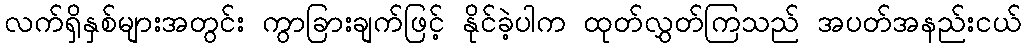
လက်ရှိနှစ်များအတွင်း ကွာခြားချက်ဖြင့် နိုင်ခဲ့ပါက ထုတ်လွှတ်ကြသည် အပတ်အနည်းငယ်